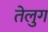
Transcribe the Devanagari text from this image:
तेलुग